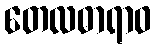
တေလဓာရာဝ